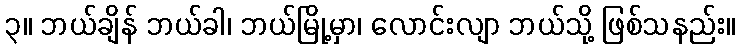
၃။ ဘယ်ချိန် ဘယ်ခါ၊ ဘယ်မြို့မှာ၊ လောင်းလျာ ဘယ်သို့ ဖြစ်သနည်း။